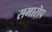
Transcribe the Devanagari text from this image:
समारॊप